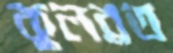
কুলব্রত